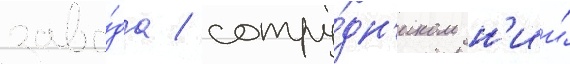
заво́да / сотру́дн'иком н'ии́